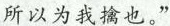
所以为我擒也。”